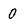
Character: 0